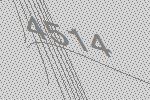
4514